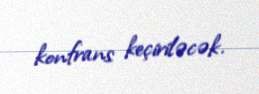
konfrans keçiriləcək.